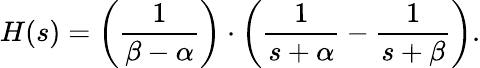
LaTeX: H(s)=\left({\frac{1}{\beta-\alpha}}\right)\cdot\left({\frac{1}{s+\alpha}}-{\frac{1}{s+\beta}}\right).